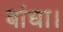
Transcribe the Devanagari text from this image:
बांधा।